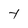
Character: t